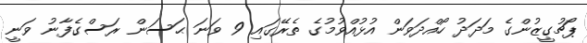
ޕޯޗުގީޒުންގެ މަދަދު ހޯއްދަވަން އުޅުއްވުމުގެ ތެރޭގައި 9 ވަނަ ޙަސަން ރަސްގެފާނު ވަނީ